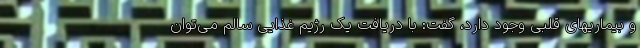
و بیماریهای قلبی وجود دارد، گفت: با دریافت یک رژیم غذایی سالم می‌توان